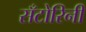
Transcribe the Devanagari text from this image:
सँटोरिनी